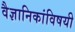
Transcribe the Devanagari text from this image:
वैज्ञानिकांविषयी